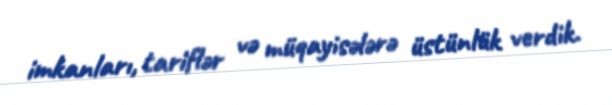
imkanları, tariflər və müqayisələrə üstünlük verdik.